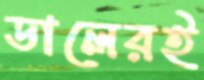
ডালেরই